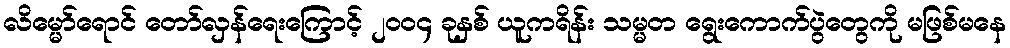
လိမ္မော်ရောင် တော်လှန်ရေးကြောင့် ၂၀၀၄ ခုနှစ် ယူကရိန်း သမ္မတ ရွေးကောက်ပွဲတွေကို မဖြစ်မနေ